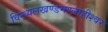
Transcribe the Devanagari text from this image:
विन्ध्यलखण्डमण्लाहीश्वर